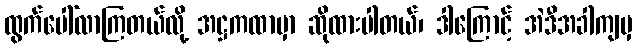
ထွက်ပေါ်လာကြတယ်လို့ အဋ္ဌကထာမှာ ဆိုထားပါတယ်၊ ဒါကြောင့် အဲဒီအခါကျမှ